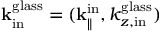
{ \bf k } _ { \mathrm { i n } } ^ { \mathrm { g l a s s } } = ( { \bf k } _ { \parallel } ^ { \mathrm { i n } } , k _ { z , \mathrm { i n } } ^ { \mathrm { g l a s s } } )